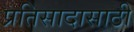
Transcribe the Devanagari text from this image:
प्रतिसादासाठी